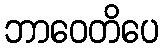
ဘာဝေတိပေ